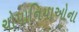
ચોપાનિયાઓના